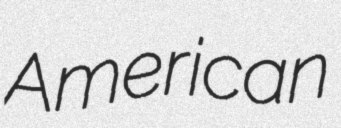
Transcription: American